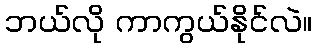
ဘယ်လို ကာကွယ်နိုင်လဲ။